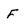
Character: F